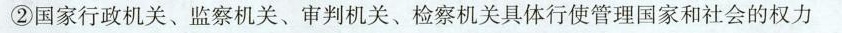
②国家行政机关、监察机关、审判机关、检察机关具体行使管理国家和社会的权力